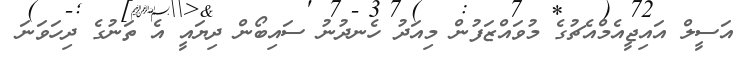
އަސީލް އައިޖީއެމްއެޗުގެ މުވައްޒަފުން މިއަދު ހެނދުނު ސައިބޯން ދިޔައީ އެ ތަނުގެ ދިހަވަނަ